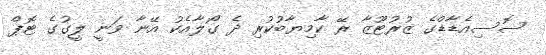
ސޮސިއެޑާޑްގެ ޒުރުޓޫޒާ ރޭ ކާމިޔާބުކުރި ދެ ގޯލާއެކު އޭނާ ވަނީ ލީގުގެ ޓޮޕް